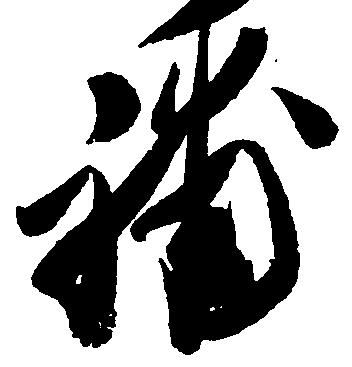
補